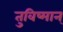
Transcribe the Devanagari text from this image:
तुविष्मान्